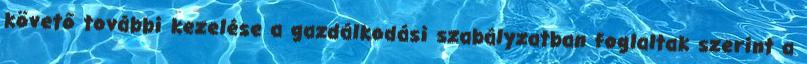
követő további kezelése a gazdálkodási szabályzatban foglaltak szerint a